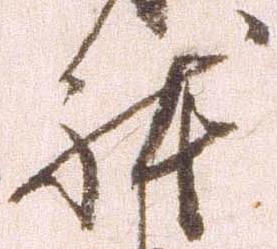
体